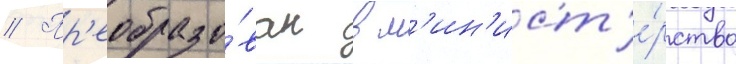
// Пр'еобразо́ван в м'ин'ист'е́рство